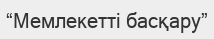
“Мемлекетті басқару”